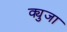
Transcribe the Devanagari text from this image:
क्युजा